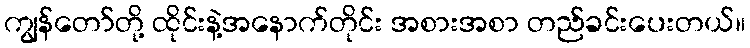
ကျွန်တော်တို့ ထိုင်းနဲ့အနောက်တိုင်း အစားအစာ တည်ခင်းပေးတယ်။